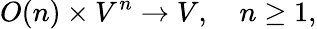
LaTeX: O(n)\times V^{n}\rightarrow V,\quad n\geq 1,